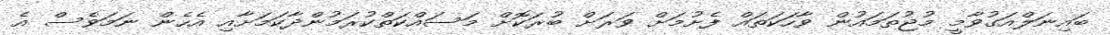
ބައިނަލްއަގުވާމީ މުޖުތަމައުން ވާހަކަތައް ފެށުމަށް ވަރަށް ބުރަކޮށް މަސައްކަތްކުރަމުންދާކަމަށާއި އެހެން ނަމަވެސް އެ